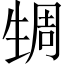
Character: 𬎹